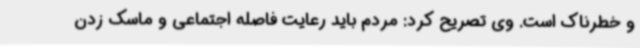
و خطرناک است. وی تصریح کرد: مردم باید رعایت فاصله اجتماعی و ماسک زدن